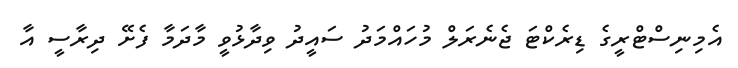
އެމިނިސްޓްރީގެ ޑިރެކްޓަ ޖެނެރަލް މުހައްމަދު ސައީދު ވިދާޅުވީ މާދަމާ ފެށޭ ދިރާސީ އާ